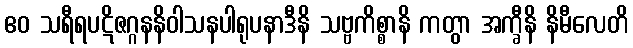
ဧဝ သရီရပဋိဇဂ္ဂနနိဝါသနပါရုပနာဒီနိ သဗ္ဗကိစ္စာနိ ကတွာ အက္ခီနိ နိမီလေတိ